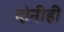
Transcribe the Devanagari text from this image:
दोनीही